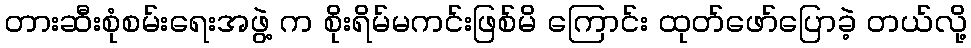
တားဆီးစုံစမ်းရေးအဖွဲ့ က စိုးရိမ်မကင်းဖြစ်မိ ကြောင်း ထုတ်ဖော်ပြောခဲ့ တယ်လို့